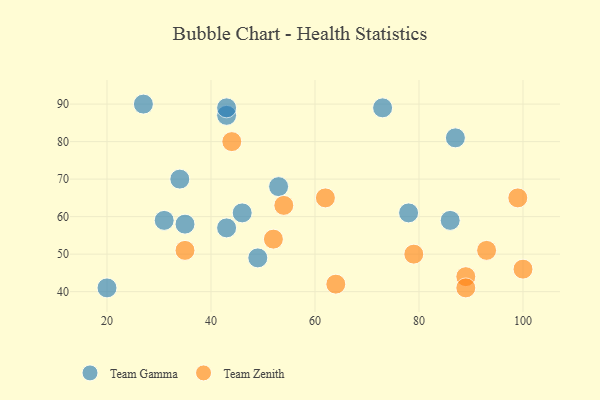
{"axis": {"x": "GDP", "y": "Life Expectancy"}, "legend": ["Team Gamma", "Team Zenith"], "data": [{"x": "35", "y": 58, "type": "Team Gamma"}, {"x": "20", "y": 41, "type": "Team Gamma"}, {"x": "86", "y": 59, "type": "Team Gamma"}, {"x": "87", "y": 81, "type": "Team Gamma"}, {"x": "53", "y": 68, "type": "Team Gamma"}, {"x": "49", "y": 49, "type": "Team Gamma"}, {"x": "73", "y": 89, "type": "Team Gamma"}, {"x": "27", "y": 90, "type": "Team Gamma"}, {"x": "43", "y": 87, "type": "Team Gamma"}, {"x": "43", "y": 89, "type": "Team Gamma"}, {"x": "31", "y": 59, "type": "Team Gamma"}, {"x": "34", "y": 70, "type": "Team Gamma"}, {"x": "78", "y": 61, "type": "Team Gamma"}, {"x": "46", "y": 61, "type": "Team Gamma"}, {"x": "43", "y": 57, "type": "Team Gamma"}, {"x": "52", "y": 54, "type": "Team Zenith"}, {"x": "64", "y": 42, "type": "Team Zenith"}, {"x": "79", "y": 50, "type": "Team Zenith"}, {"x": "89", "y": 44, "type": "Team Zenith"}, {"x": "44", "y": 80, "type": "Team Zenith"}, {"x": "89", "y": 41, "type": "Team Zenith"}, {"x": "99", "y": 65, "type": "Team Zenith"}, {"x": "100", "y": 46, "type": "Team Zenith"}, {"x": "54", "y": 63, "type": "Team Zenith"}, {"x": "35", "y": 51, "type": "Team Zenith"}, {"x": "93", "y": 51, "type": "Team Zenith"}, {"x": "62", "y": 65, "type": "Team Zenith"}]}